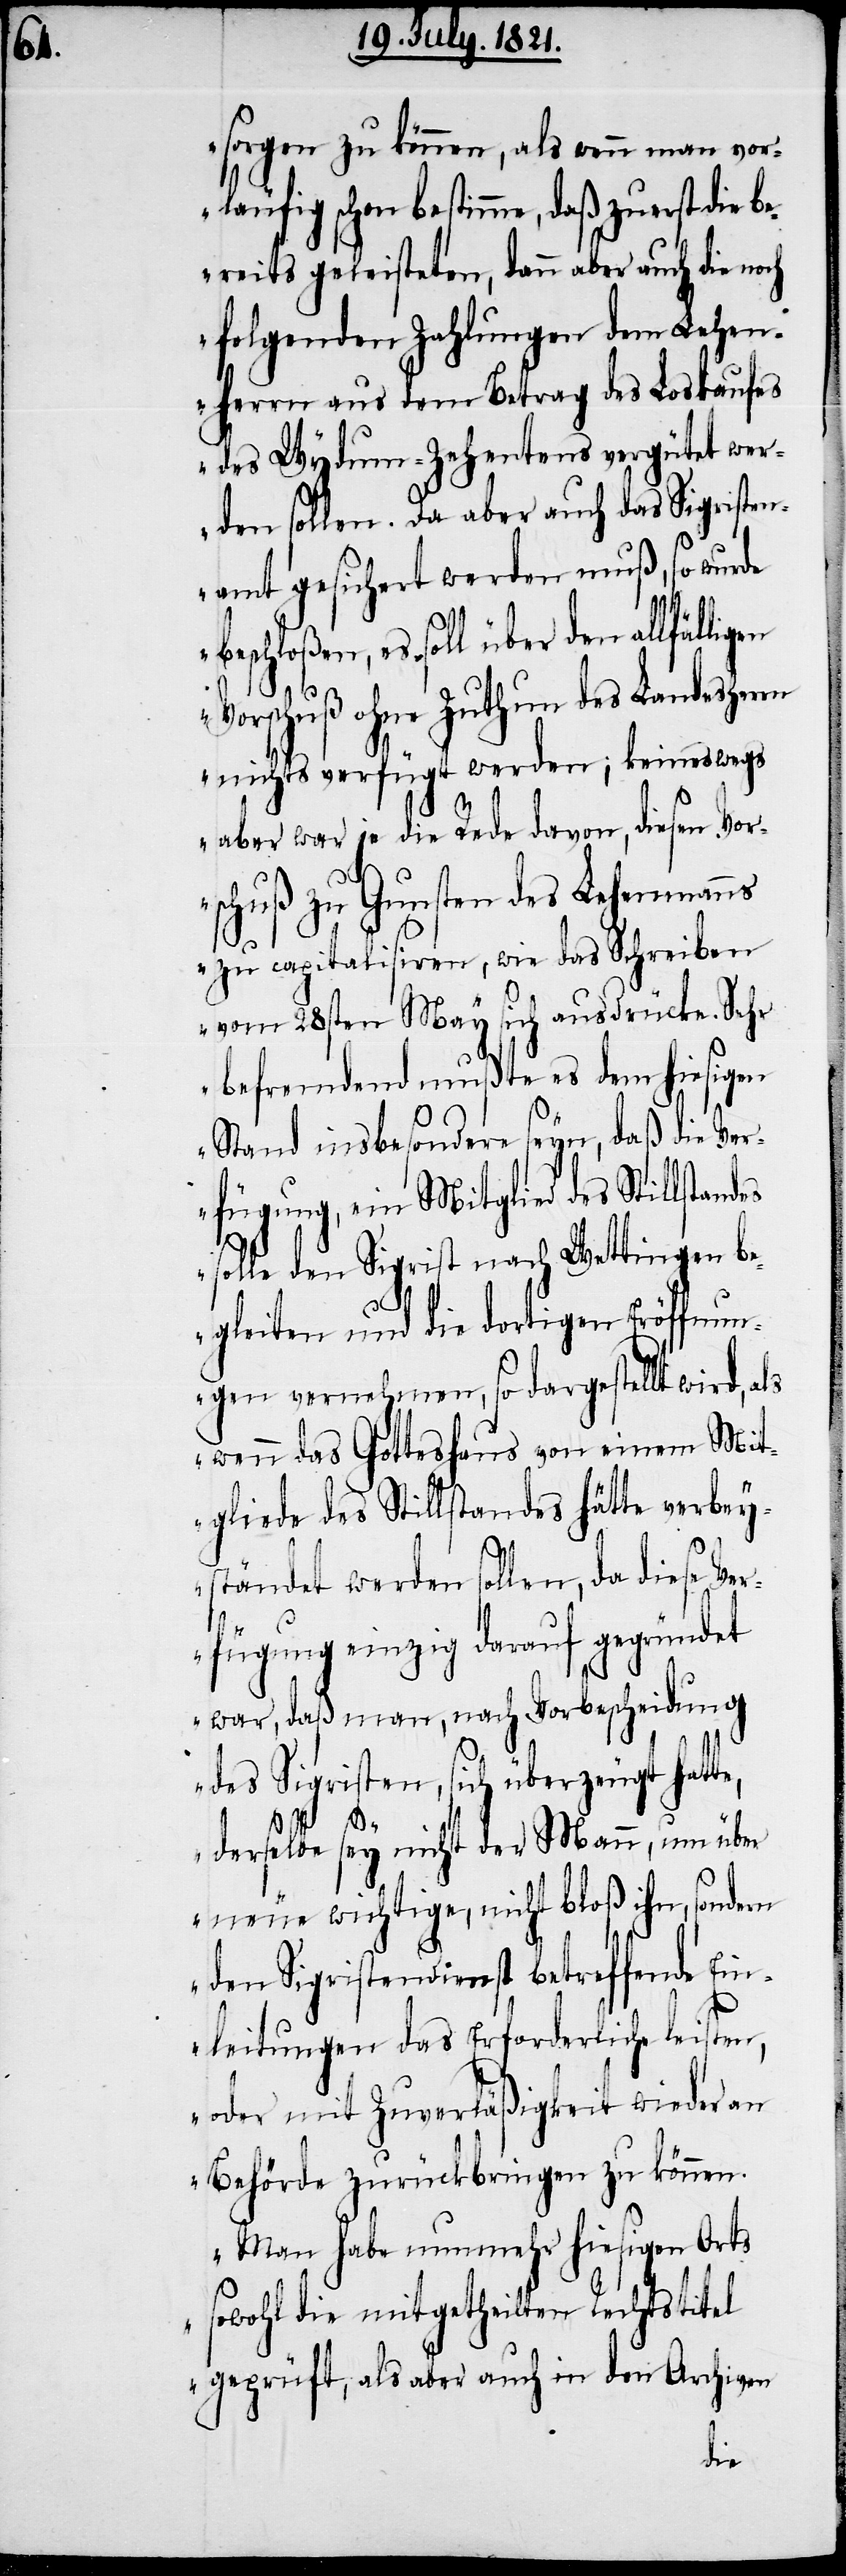
sorgen zu können, als wenn man vor¬
läufig schon bestimme, daß zuerst die b¬
ereits geleisteten, dann aber auch die no¬
folgenden Zahlungen dem Lehen¬
herrn aus dem Betrag des Loskaufes
des Wydum-Zehentens vergütet wer¬
den sollen. Da aber auch das Sigristen¬
amt gesichert werden muß, so wurde
beschloßen, es soll über den allfälli¬
Vorschuß ohne Zuthun des Landesherrn
nichts verfügt werden; keineswegs
aber war je die Rede davon, diesen Vor¬
schuß zu Gunsten des Lehenmanns
zu capitalisiren, wie das Schreiben
vom 28sten May sich ausdrücke. Sehr
befremdend mußte es dem hiesigen
Stand insbesondere seyn, daß die Ver¬
fügung, ein Mitglied des Stillstand¬
solle den Sigrist nach Wettingen be¬
gleiten und die dortige Eröffnun¬
gen vernehmen, so dargestellt wird, als
wenn das Gotteshaus von einem Mit¬
gliede des Stillstandes hätte verbey¬
ständet werden sollen, da diese Ve¬
rfügung einzig darauf gegründet
war, daß man, nach Verbscheidung
des Sigristen, sich überzeugt hat¬
ch
te,
derselbe sey nicht der Mann, um über
neue wichtige, nicht bloß ihn, sondern
den Sigristendienst betreffende Ein¬
leitungen das Erforderliche leisten,
oder mit Zuverläßigkeit wieder an
Behörde zurückbringen zu können.
Man habe nunmehr hiesigen Orts
sowohl die mitgetheilten Rechtstitel
geprüft, als aber auch in den Archiven